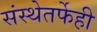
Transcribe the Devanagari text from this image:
संस्थेतर्फेही